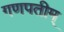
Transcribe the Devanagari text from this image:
गणपतीम्